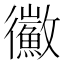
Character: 鰴